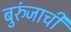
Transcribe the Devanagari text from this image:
बुरुंजाची